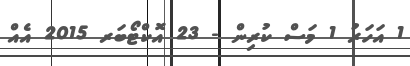
1 އަހަރު 1 މަސް ކުރިން - 23 އޮކްޓޯބަރ 2015 އެއް